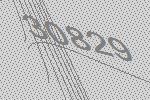
30829